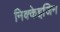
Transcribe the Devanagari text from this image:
निक्केइजिन